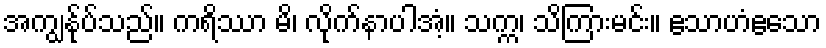
အကျွန်ုပ်သည်။ ကရိဿာ မိ၊ လိုက်နာပါအံ့။ သက္က၊ သိကြားမင်း။ ဧသာဟံဧသော